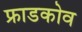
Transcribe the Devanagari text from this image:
फ्राडकोव